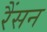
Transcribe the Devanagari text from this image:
रैंसन